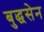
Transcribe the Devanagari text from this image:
बुद्धसेन